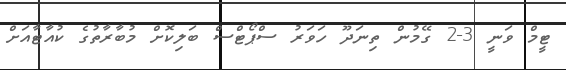
ޓީމް ވަނީ 3-2 ގޭމުން ތިނަދޫ ހަވަރު ސްޕޯޓްސް ބަލިކޮށް މުބާރާތުގެ ކުއާޓާއަށް